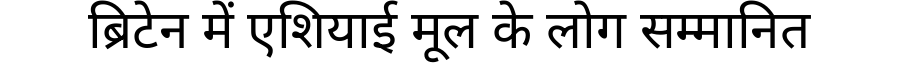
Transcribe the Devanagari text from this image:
ब्रिटेन में एशियाई मूल के लोग सम्मानित